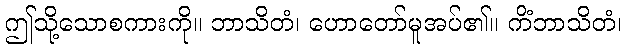
ဤသို့သောစကားကို။ ဘာသိတံ၊ ဟောတော်မူအပ်၏။ ကိံဘာသိတံ၊